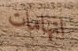
اتهامات